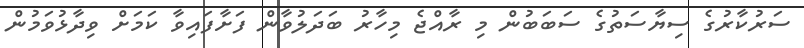
ސަރުކާރުގެ ސިޔާސަތުގެ ސަބަބުން މި ރާއްޖެ މިހާރު ބަދަލުވާން ފަށާފައިވާ ކަމަށް ވިދާޅުވަމުން